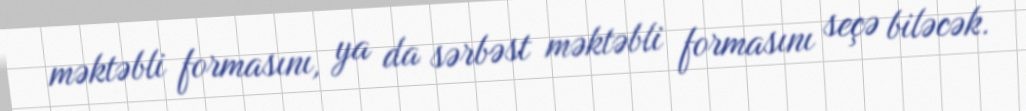
məktəbli formasını, ya da sərbəst məktəbli formasını seçə biləcək.